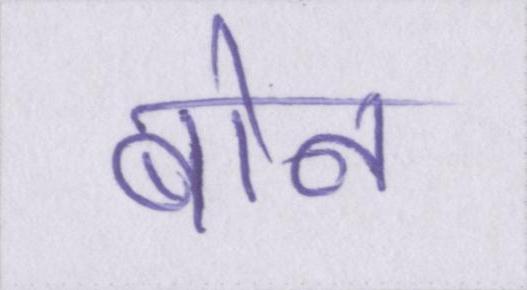
बोन